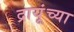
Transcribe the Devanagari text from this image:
द्रायूंच्या